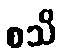
စသိ